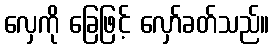
လှေကို ခြေဖြင့် လှော်ခတ်သည်။